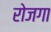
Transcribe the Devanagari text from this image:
रोजगा